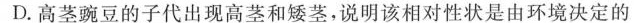
D.高茎豌豆的子代出现高茎和矮茎，说明该相对性状是由环境决定的